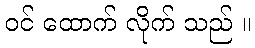
ဝင် ထောက် လိုက် သည် ။